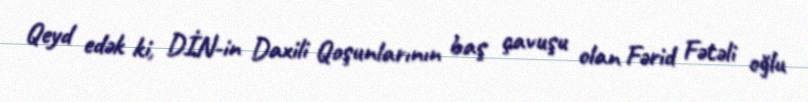
Qeyd edək ki, DİN-in Daxili Qoşunlarının baş çavuşu olan Fərid Fətəli oğlu